NAE_ERA_R-2324_Eesti_Vabariigi_Pohiseaduslik_Assamblee, lk 38
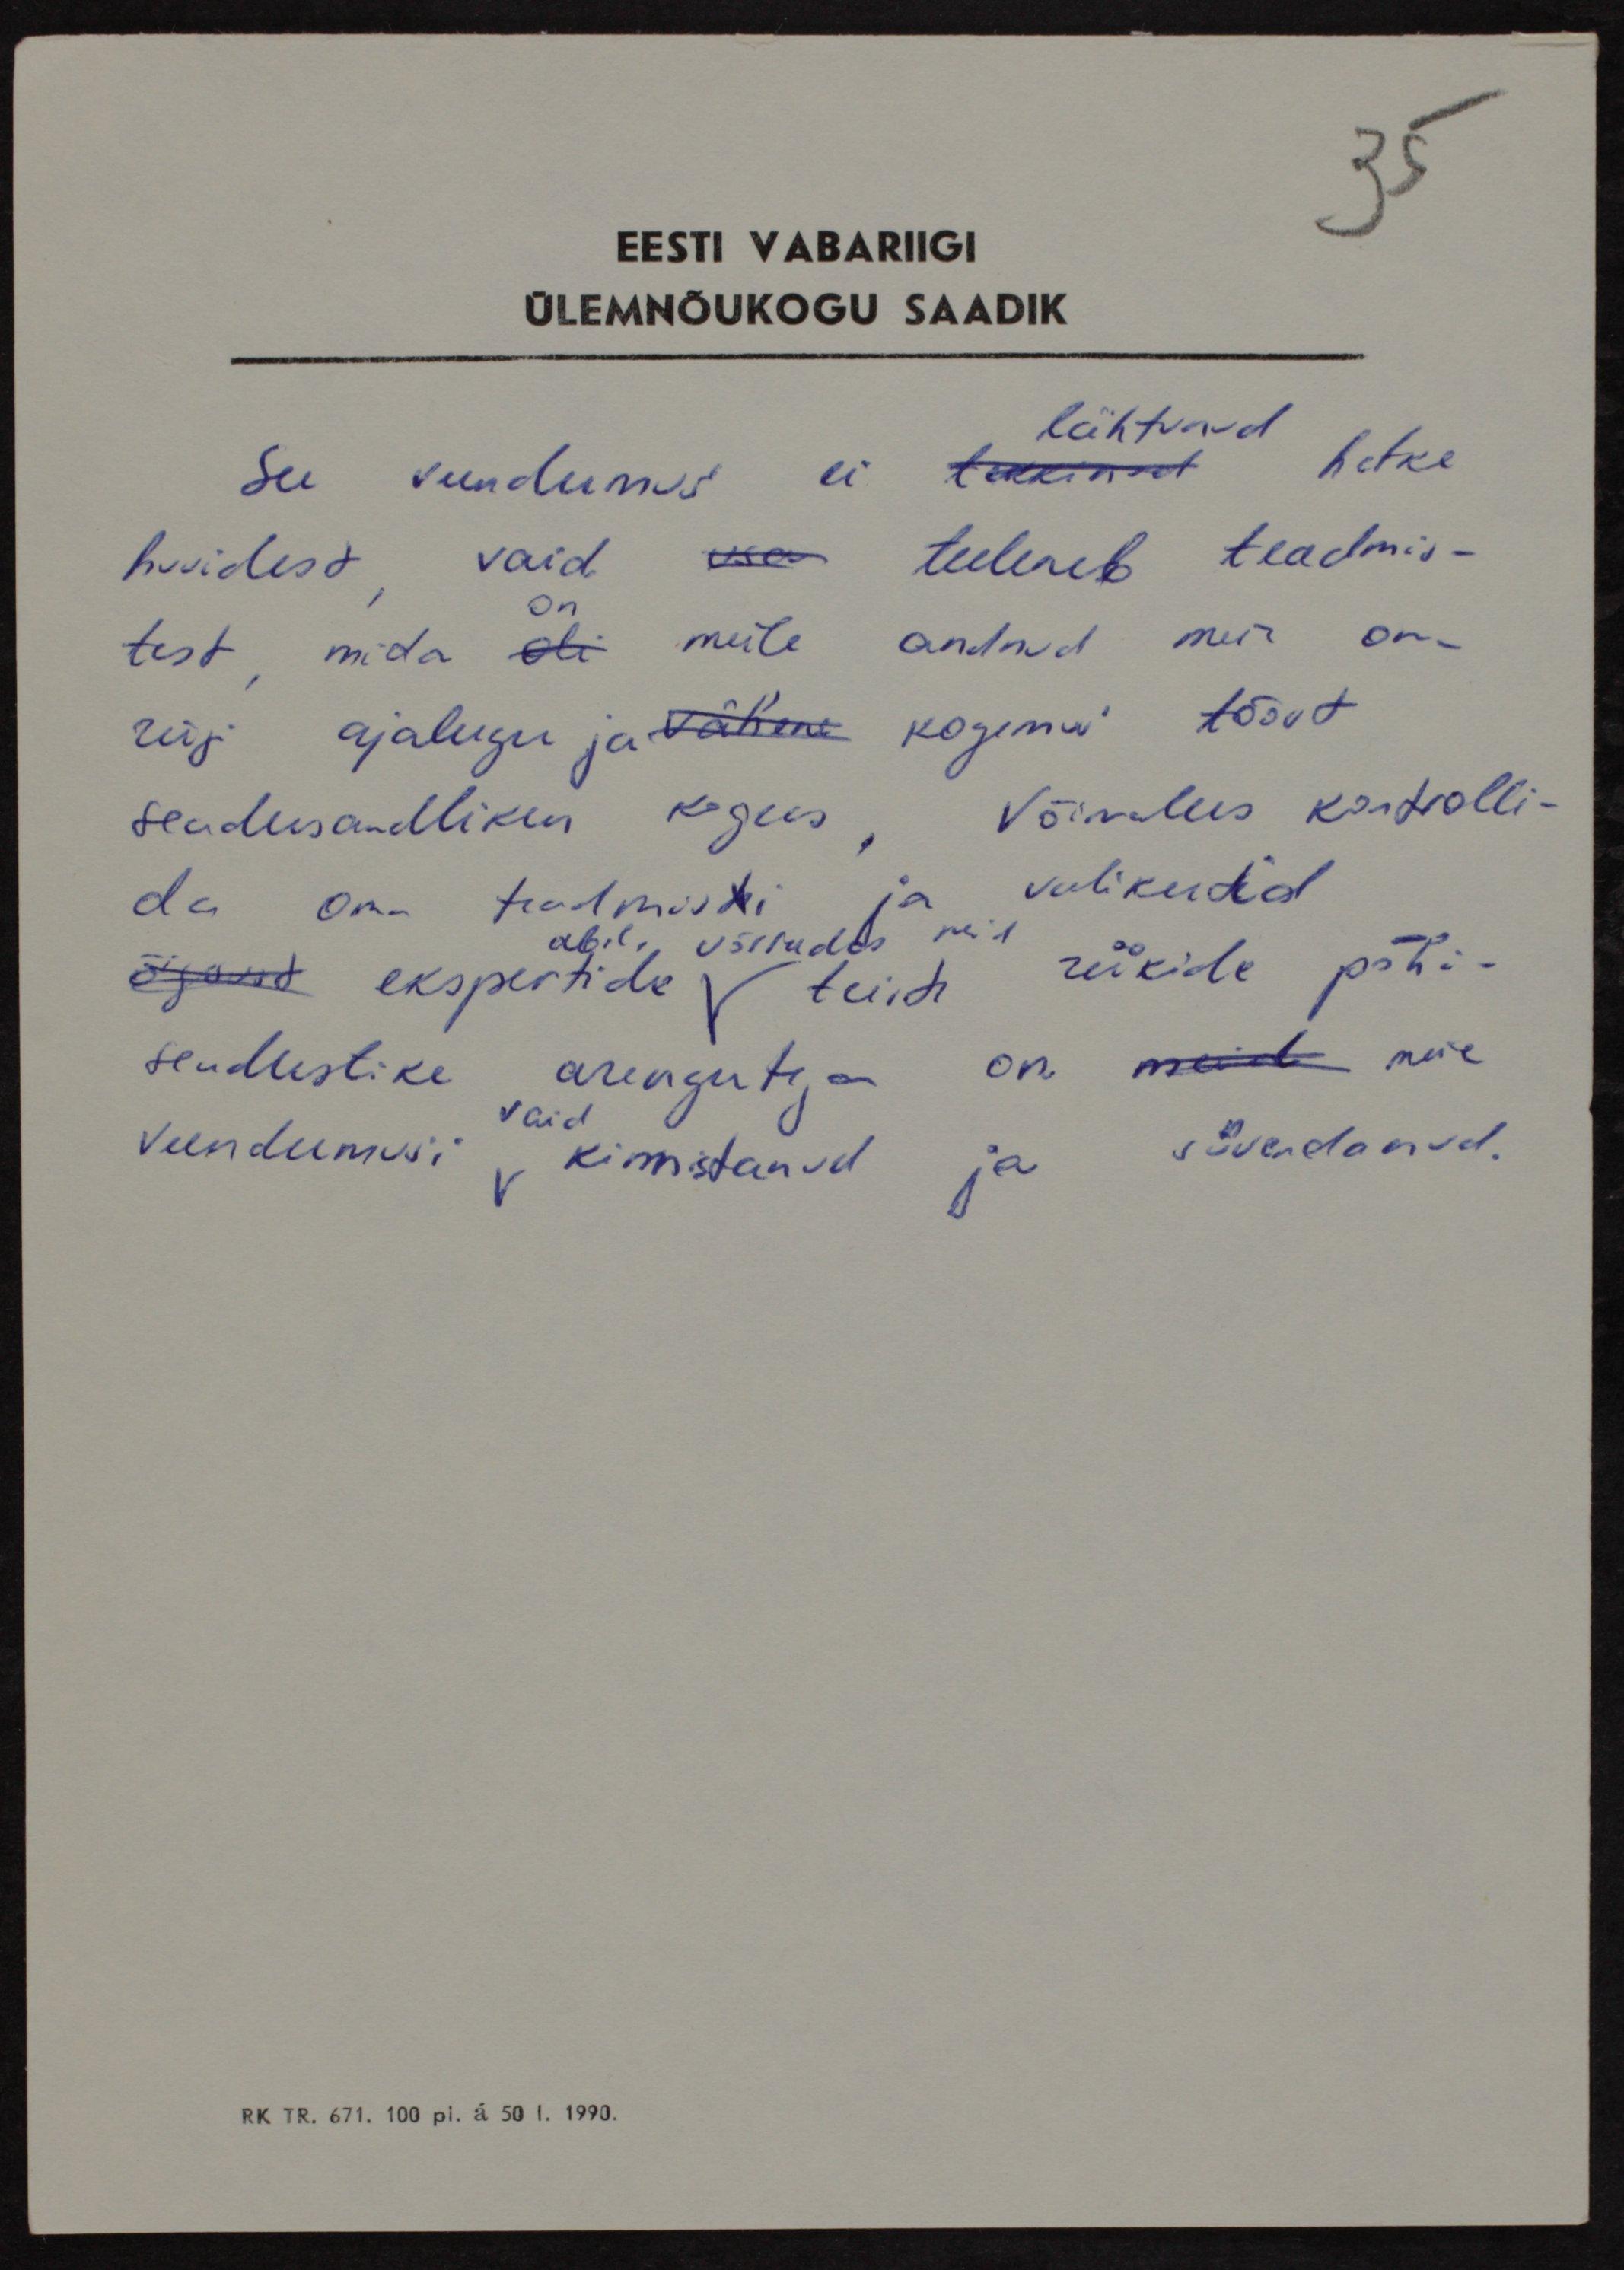
EESTI VABARIIGI
ÜLEMNÕUKOGU SAADIK
See veendumus ei tekkinut hetke,
lähtunud
huvidest vaid tuleneb teadmis-
on
test, mida oli meile andnud meie oma
riigi ajalugu ja vähene kogemus tööst
seadusandlikus kogus. Võimalus kontrolli-
da oma teadmisti ja valikudid
abil võrreldes neid
õigused ekspertide teiste riikide põhi-
seadustike arengutega on meid meie
vaid
veendumusi, kinnistanud ja süvendanud.